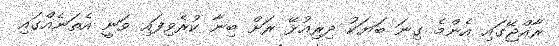
ރާއްޖޭގައި އެންމެ ގިނަ ބަޔަކު ދިރިއުޅޭ ރަށް ބިނާ ކުރެވިފައި ވަނީ އެތަނެއްގައި